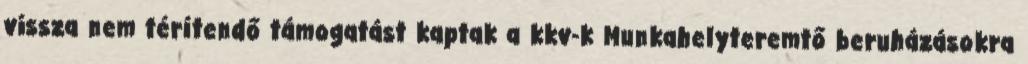
vissza nem térítendő támogatást kaptak a kkv-k Munkahelyteremtő beruházásokra